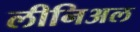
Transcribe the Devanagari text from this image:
लीनिअल